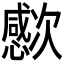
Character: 𣤮